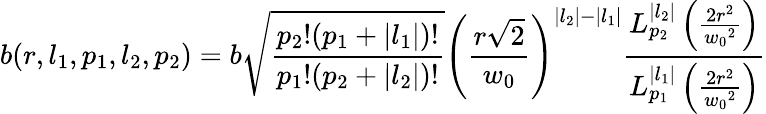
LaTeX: b(r,l_{1},p_{1},l_{2},p_{2})=b\sqrt{\frac{p_{2}!(p_{1}+|l_{1}|)!}{p_{1}!(p_{2}+|l_{2}|)!}}\left(\frac{r\sqrt{2}}{w_{0}}\right)^{|l_{2}|-|l_{1}|}\frac{L_{p_{2}}^{|l_{2}|}\left(\frac{2r^{2}}{{w_{0}}^{2}}\right)}{L_{p_{1}}^{|l_{1}|}\left(\frac{2r^{2}}{{w_{0}}^{2}}\right)}